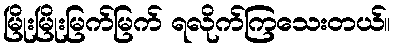
မြိုးမြိုးမြက်မြက် ရလိုက်ကြသေးတယ်။